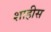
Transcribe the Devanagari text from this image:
शाहीस